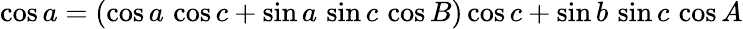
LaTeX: \cos a=(\cos a\, \cos c+\sin a\, \sin c\, \cos B)\cos c+\sin b\, \sin c\, \cos A